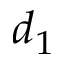
d _ { 1 }